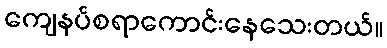
ကျေနပ်စရာကောင်းနေသေးတယ်။